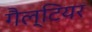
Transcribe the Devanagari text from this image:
गैल्टियर